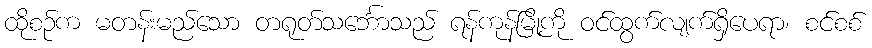
ထိုစဉ်က မတန်းမည်သော တရုတ်သင်္ဘောသည် ရန်ကုန်မြို့ကို ဝင်ထွက်လျက်ရှိပေရာ၊ စင်စစ်